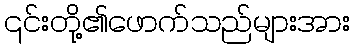
၎င်းတို့၏ဖောက်သည်များအား